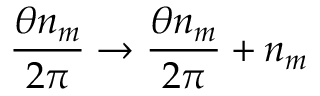
\frac { \theta n _ { m } } { 2 \pi } \rightarrow \frac { \theta n _ { m } } { 2 \pi } + n _ { m }